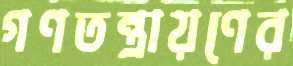
গণতন্ত্রায়ণের